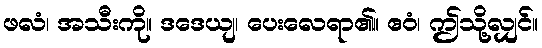
ဖလံ၊ အသီးကို။ ဒဒေယျ၊ ပေးလေရာ၏။ ဧဝံ၊ ဤသို့လျှင်။